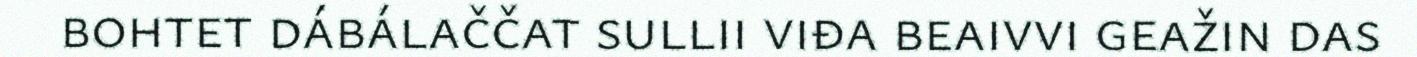
bohtet dábálaččat sullii viđa beaivvi geažin das